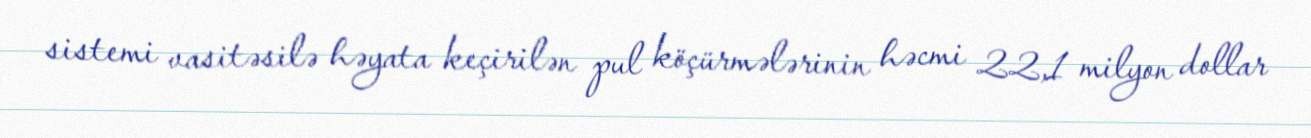
sistemi vasitəsilə həyata keçirilən pul köçürmələrinin həcmi 22,1 milyon dollar